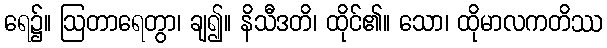
ရေ၌။ ဩတာရေတွာ၊ ချ၍။ နိသီဒတိ၊ ထိုင်၏။ သော၊ ထိုမာလကတိဿ